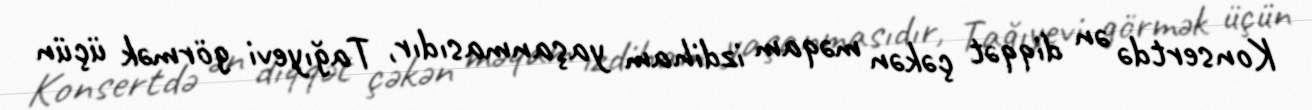
Konsertdə ən diqqət çəkən məqam izdiham yaşanmasıdır, Tağıyevi görmək üçün